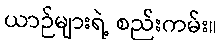
ယာဉ်များရဲ့ စည်းကမ်း။